Vaccination North-Western Provinces 1866-1877 - 1866-1877
Year: 1866
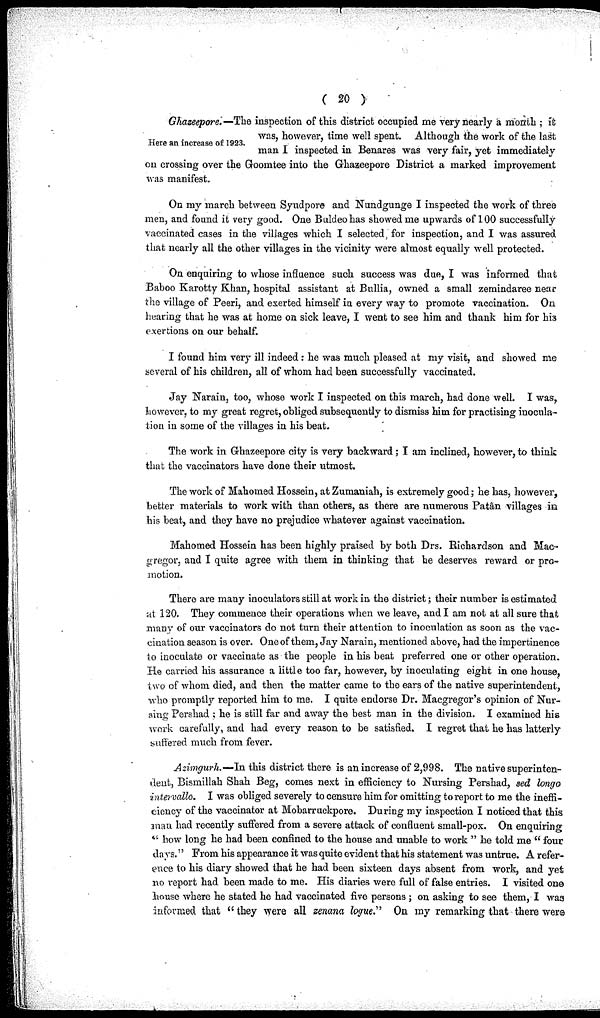
( 20 )
Here an increase of 1923.
Ghazeepore.—The inspection of this district occupied me very nearly a month ; it
was, however, time well spent. Although the work of the last
man I inspected in Benares was very fair, yet immediately
on crossing over the Goomtee into the Ghazeepore District a marked improvement
was manifest.
On my march between Syudpore and Nundgunge I inspected the work of three
men, and found it very good. One Buldeo has showed me upwards of 100 successfully
vaccinated cases in the villages which I selected for inspection, and I was assured
that nearly all the other villages in the vicinity were almost equally well protected.
On enquiring to whose influence such success was due, I was informed that
Baboo Karotty Khan, hospital assistant at Bullia, owned a small zemindaree near
the village of Peeri, and exerted himself in every way to promote vaccination. On
hearing that he was at home on sick leave, I went to see him and thank him for his
exertions on our behalf.
I found him very ill indeed : he was much pleased at my visit, and showed me
several of his children, all of whom had been successfully vaccinated.
Jay Narain, too, whose work I inspected on this march, had done well. I was,
however, to my great regret, obliged subsequently to dismiss him for practising inocula-
tion in some of the villages in his beat.
The work in Ghazeepore city is very backward; I am inclined, however, to think
that the vaccinators have done their utmost.
The work of Mahomed Hossein, at Zumaniah, is extremely good; he has, however,
better materials to work with than others, as there are numerous Patân villages in
his beat, and they have no prejudice whatever against vaccination.
Mahomed Hossein has been highly praised by both Drs. Richardson and Mac-
gregor, and I quite agree with them in thinking that he deserves reward or pro-
anotion.
There are many inoculators still at work in the district; their number is estimated
at 120. They commence their operations when we leave, and I am not at all sure that
many of our vaccinators do not turn their attention to inoculation as soon as the vac-
cination season is over. One of them, Jay Narain, mentioned above, had the impertinence
to inoculate or vaccinate as the people in his beat preferred one or other operation.
He carried his assurance a little too far, however, by inoculating eight in one house,
two of whom died, and then the matter came to the ears of the native superintendent,
who promptly reported him to me. I quite endorse Dr. Macgregor's opinion of Nur-
sing Pershad ; he is still far and away the best man in the division. I examined his
work carefully, and had every reason to be satisfied. I regret that he has latterly
suffered much from fever.
Azimgurh.—In this district there is an increase of 2,998. The native superinten-
dent, Bismillah Shah Beg, comes next in efficiency to Nursing Pershad, sed longo
intervallo. I was obliged severely to censure him for omitting to report to me the ineffi-
ciency of the vaccinator at Mobarruckpore. During my inspection I noticed that this
man had recently suffered from a severe attack of confluent small-pox. On enquiring
"how long he had been confined to the house and unable to work " he told me " four
days.'' From his appearance it was quite evident that his statement was untrue. A refer-
ence to his diary showed that he had been sixteen days absent from work, and yet
no report had been made to me. His diaries were full of false entries. I visited one
house where he stated he had vaccinated five persons ; on asking to see them, I was
informed that " they were all zenana logue." On my remarking that there were